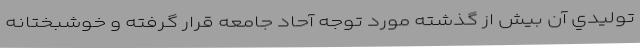
توليدي آن بيش از گذشته مورد توجه آحاد جامعه قرار گرفته و خوشبختانه